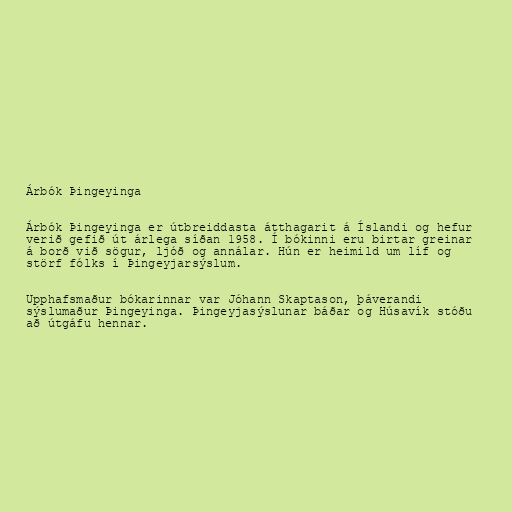
Árbók Þingeyinga

Árbók Þingeyinga er útbreiddasta átthagarit á Íslandi og hefur
verið gefið út árlega síðan 1958. Í bókinni eru birtar greinar
á borð við sögur, ljóð og annálar. Hún er heimild um líf og
störf fólks í Þingeyjarsýslum.

Upphafsmaður bókarinnar var Jóhann Skaptason, þáverandi
sýslumaður Þingeyinga. Þingeyjasýslunar báðar og Húsavík stóðu
að útgáfu hennar.